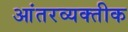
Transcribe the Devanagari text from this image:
आंतरव्यक्तीक